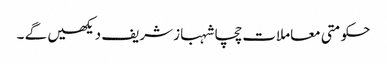
حکومتی معاملات چچا شہباز شریف دیکھیں گے ۔